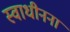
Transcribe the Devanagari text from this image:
स्वाधीनना